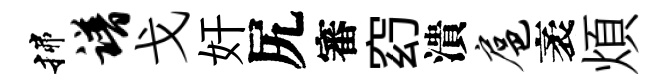
揲谱戈奸尻審𥥆潰扈袤煩